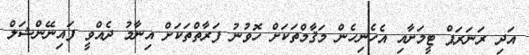
އަދި ރަނަރަޕް ޓީމަށާއި އެހެނިހެން މަޤާމްތަކަށް ހޮވުނު ފަރާތްތަކަށް އިނާމު ދެއްވީ ފައިނޭންޝަލް